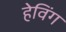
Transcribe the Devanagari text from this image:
हेविंग